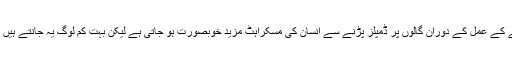
کراچی (ویب ڈیسک )مسکراہٹ سب کو اچھی لگتی ہے اور ہنسنے کے عمل کے دوران گالوں پر ڈمپلز پڑنے سے انسان کی مسکراہٹ مزید خوبصورت ہو جاتی ہے لیکن بہت کم لوگ یہ جانتے ہیں کہ یہ ڈمپلزدراصل پٹھوں میں خرابی کی وجہ سے پیدا ہوتے ہیں ۔